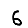
Digit: 6